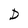
Character: D